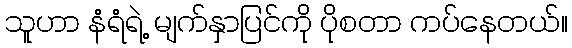
သူဟာ နံရံရဲ့ မျက်နှာပြင်ကို ပိုစတာ ကပ်နေတယ်။